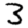
Digit: 3